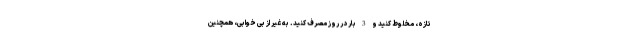
تازه، مخلوط کنید و 3 بار در روز مصرف کنید. به غیر از بی خوابی، همچنین